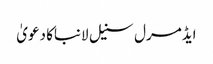
ایڈمرل سنیل لانباکا دعویٰ